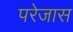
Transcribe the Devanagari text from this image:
परेजास